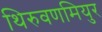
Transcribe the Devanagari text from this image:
थिरुवणमियुर